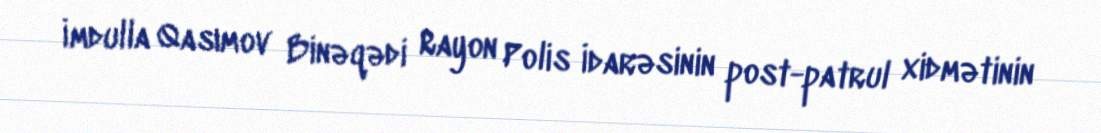
İmdulla Qasımov Binəqədi Rayon Polis İdarəsinin post-patrul xidmətinin